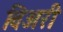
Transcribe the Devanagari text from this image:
विअरी